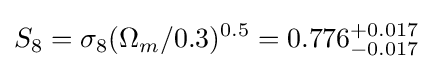
S_{8}=\sigma _{8}(\Omega _{m}/0.3)^{0.5}=0.776_{-0.017}^{+0.017}